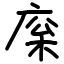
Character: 庺